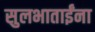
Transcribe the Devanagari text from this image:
सुलभाताईंना